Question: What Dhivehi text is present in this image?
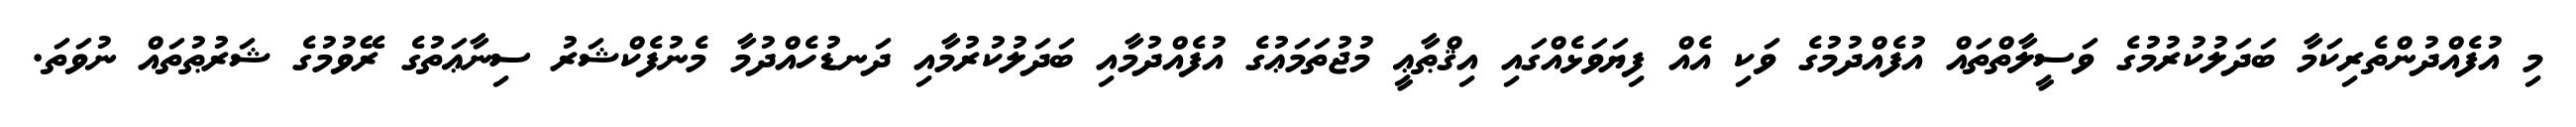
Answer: މި އުފެއްދުންތެރިކަމާ ބަދަލުކުރުމުގެ ވަސީލާތްތައް އުފެއްދުމުގެ ވަކި އެއް ފިޔަވަޅެއްގައި އިޤްޠާޢީ މުޖުތަމަޢުގެ އުފެއްދުމާއި ބަދަލުކުރުމާއި ދަނޑުހެއްދުމާ މެނުފެކްޝަރު ސިނާޢަތުގެ ރޭވުމުގެ ޝަރުޠުތައް ނުވަތަ.